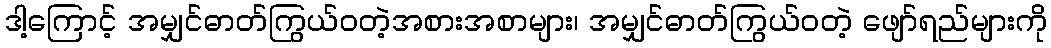
ဒါ့ကြောင့် အမျှင်ဓာတ်ကြွယ်ဝတဲ့အစားအစာများ၊ အမျှင်ဓာတ်ကြွယ်ဝတဲ့ ဖျော်ရည်များကို